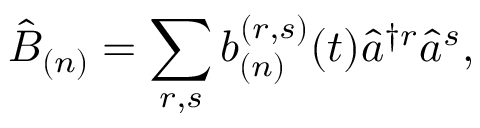
\hat { B } _ { ( n ) } = \sum _ { r , s } b _ { ( n ) } ^ { ( r , s ) } ( t ) \hat { a } ^ { \dagger r } \hat { a } ^ { s } ,